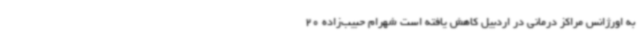
به اورژانس مراکز درمانی در اردبیل کاهش یافته است شهرام حبیب‌زاده 20